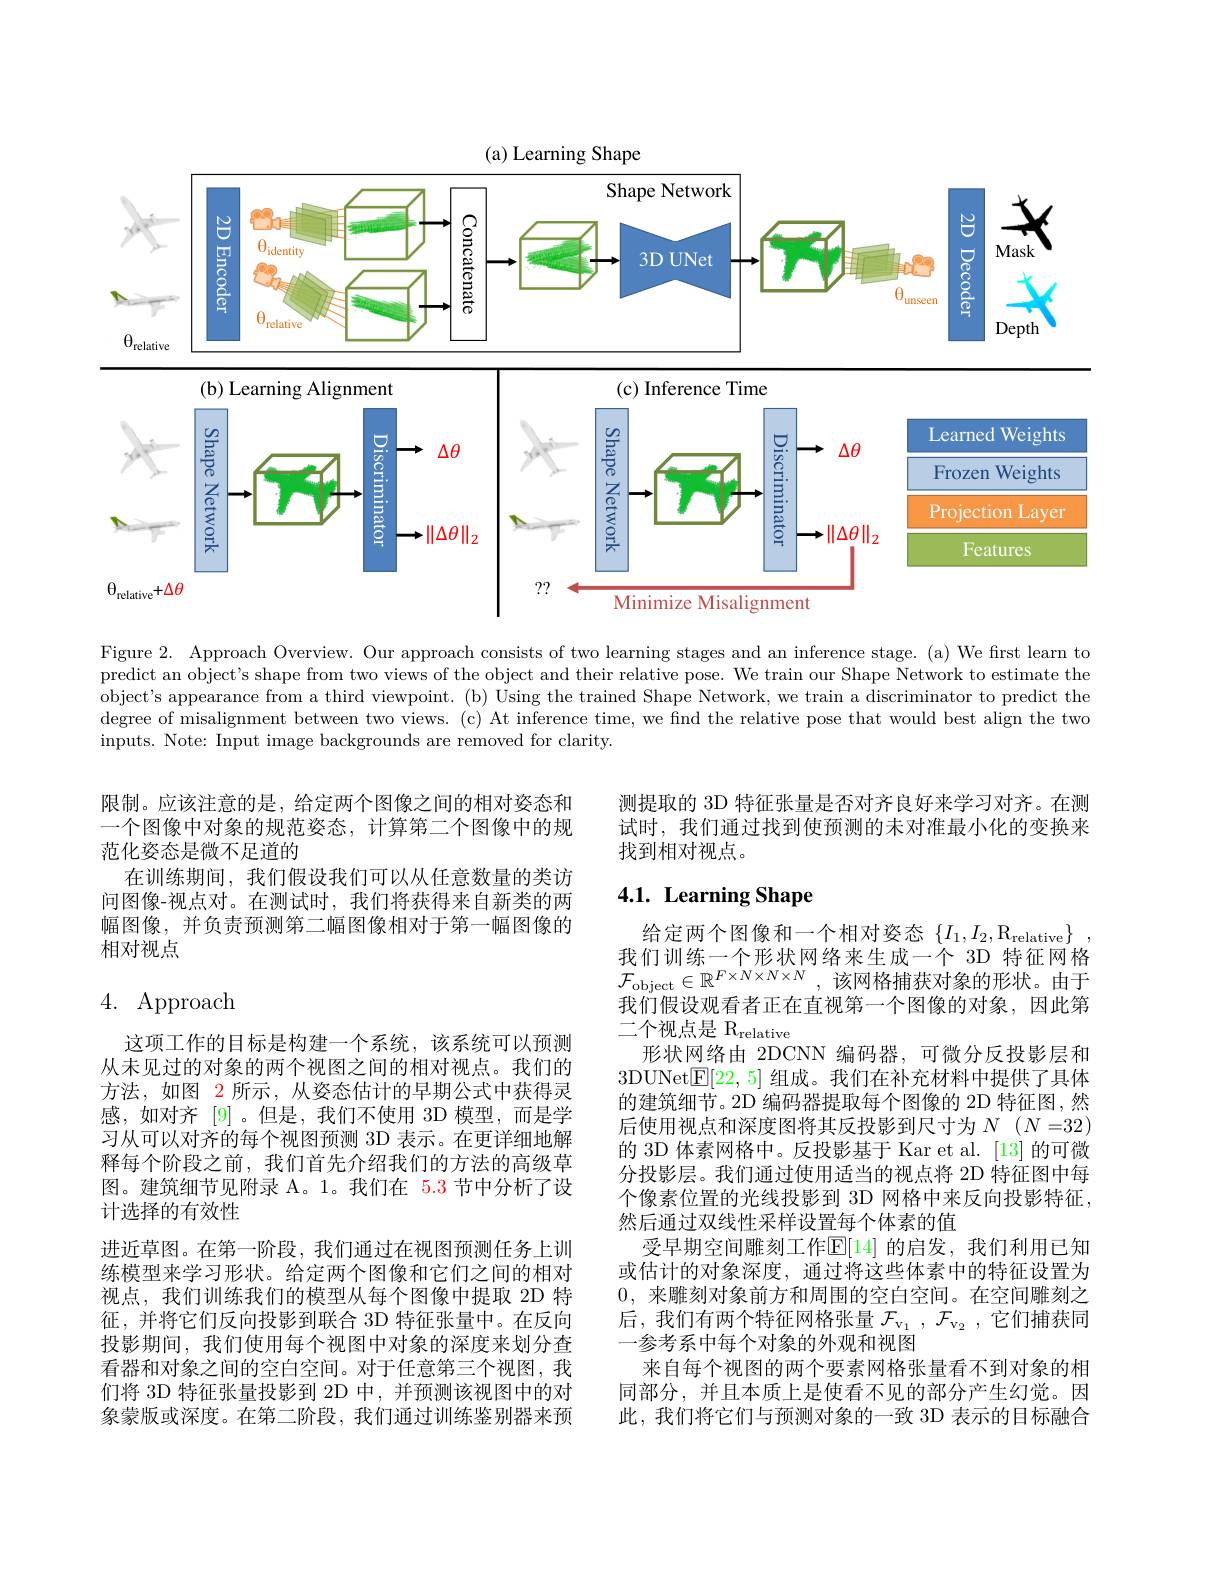
<FigureHere>

Figure 2. Approach Overview. Our approach consists of two learning stages and an inference stage. (a) We first learn to predict an object's shape from two views of the object and their relative pose. We train our Shape Network to estimate the object's appearance from a third viewpoint. (b) Using the trained Shape Network, we train a discriminator to predict the degree of misalignment between two views. (c) At inference time, we find the relative pose that would best align the two inputs. Note: Input image backgrounds are removed for clarity.

测提取的 3D 特征张量是否对齐良好来学习对齐。在测试时，我们通过找到使预测的未对准最小化的变换来找到相对视点。

限制。应该注意的是，给定两个图像之间的相对姿态和一个图像中对象的规范姿态，计算第二个图像中的规范化姿态是微不足道的
在训练期间，我们假设我们可以从任意数量的类访问图像-视点对。在测试时，我们将获得来自新类的两幅图像，并负责预测第二幅图像相对于第一幅图像的相对视点

# 4.1. Learning Shape

# 4. Approach

给定两个图像和一个相对姿态$\{ I_1, I_2, \mathrm{R} _{\mathrm{relative}}\}$ , 我们训练一个形状网络来生成一个 3D 特征网格$\mathcal{F}_{\mathrm{object}}\in\mathbb{R}^{F\times N\times N\times N}$,该网格捕获对象的形状。由于我们假设观看者正在直视第一个图像的对象，因此第二个视点是$\mathrm{R}_\mathrm{relative}$
形状网络由 2DCNN 编码器，可微分反投影层和3DUNet$\boxed{\mathbb{F}}[22,5]$组成。我们在补充材料中提供了具体的建筑细节。2D 编码器提取每个图像的 2D 特征图，然后使用视点和深度图将其反投影到尺寸为$N$ $( N= 32)$ 的 3D 体素网格中。反投影基于 Kar et al. [13] 的可微分投影层。我们通过使用适当的视点将 2D 特征图中每个像素位置的光线投影到 3D 网格中来反向投影特征， 然后通过双线性采样设置每个体素的值
受早期空间雕刻工作$\mathbb{E}[14]$ 的启发，我们利用已知或估计的对象深度，通过将这些体素中的特征设置为0,来雕刻对象前方和周围的空白空间。在空间雕刻之后，我们有两个特征网格张量$\mathcal{F}_\mathrm{v_1},\mathcal{F}_\mathrm{v_2}$,它们捕获同一参考系中每个对象的外观和视图
来自每个视图的两个要素网格张量看不到对象的相同部分，并且本质上是使看不见的部分产生幻觉。因此，我们将它们与预测对象的一致 3D 表示的目标融合

这项工作的目标是构建一个系统，该系统可以预测从未见过的对象的两个视图之间的相对视点。我们的方法，如图 2 所示，从姿态估计的早期公式中获得灵感，如对齐[9] 。但是，我们不使用 3D 模型，而是学习从可以对齐的每个视图预测 3D 表示。在更详细地解释每个阶段之前，我们首先介绍我们的方法的高级草图。建筑细节见附录 A。1。我们在 5.3 节中分析了设计选择的有效性
进近草图。在第一阶段，我们通过在视图预测任务上训练模型来学习形状。给定两个图像和它们之间的相对视点，我们训练我们的模型从每个图像中提取 2D 特征，并将它们反向投影到联合 3D 特征张量中。在反向投影期间，我们使用每个视图中对象的深度来划分查看器和对象之间的空白空间。对于任意第三个视图，我们将 3D 特征张量投影到 2D 中，并预测该视图中的对象蒙版或深度。在第二阶段，我们通过训练鉴别器来预